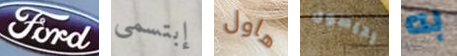
Ford إبتسمي هاول إديسون به